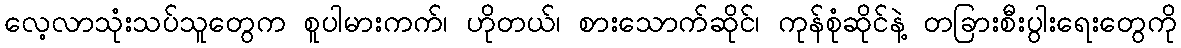
လေ့လာသုံးသပ်သူတွေက စူပါမားကက်၊ ဟိုတယ်၊ စားသောက်ဆိုင်၊ ကုန်စုံဆိုင်နဲ့ တခြားစီးပွါးရေးတွေကို